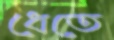
ধেতে